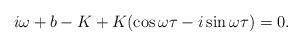
LaTeX: \begin{align*}\ i\omega+b-K+K(\cos\omega\tau-i\sin\omega\tau)=0.\end{align*}